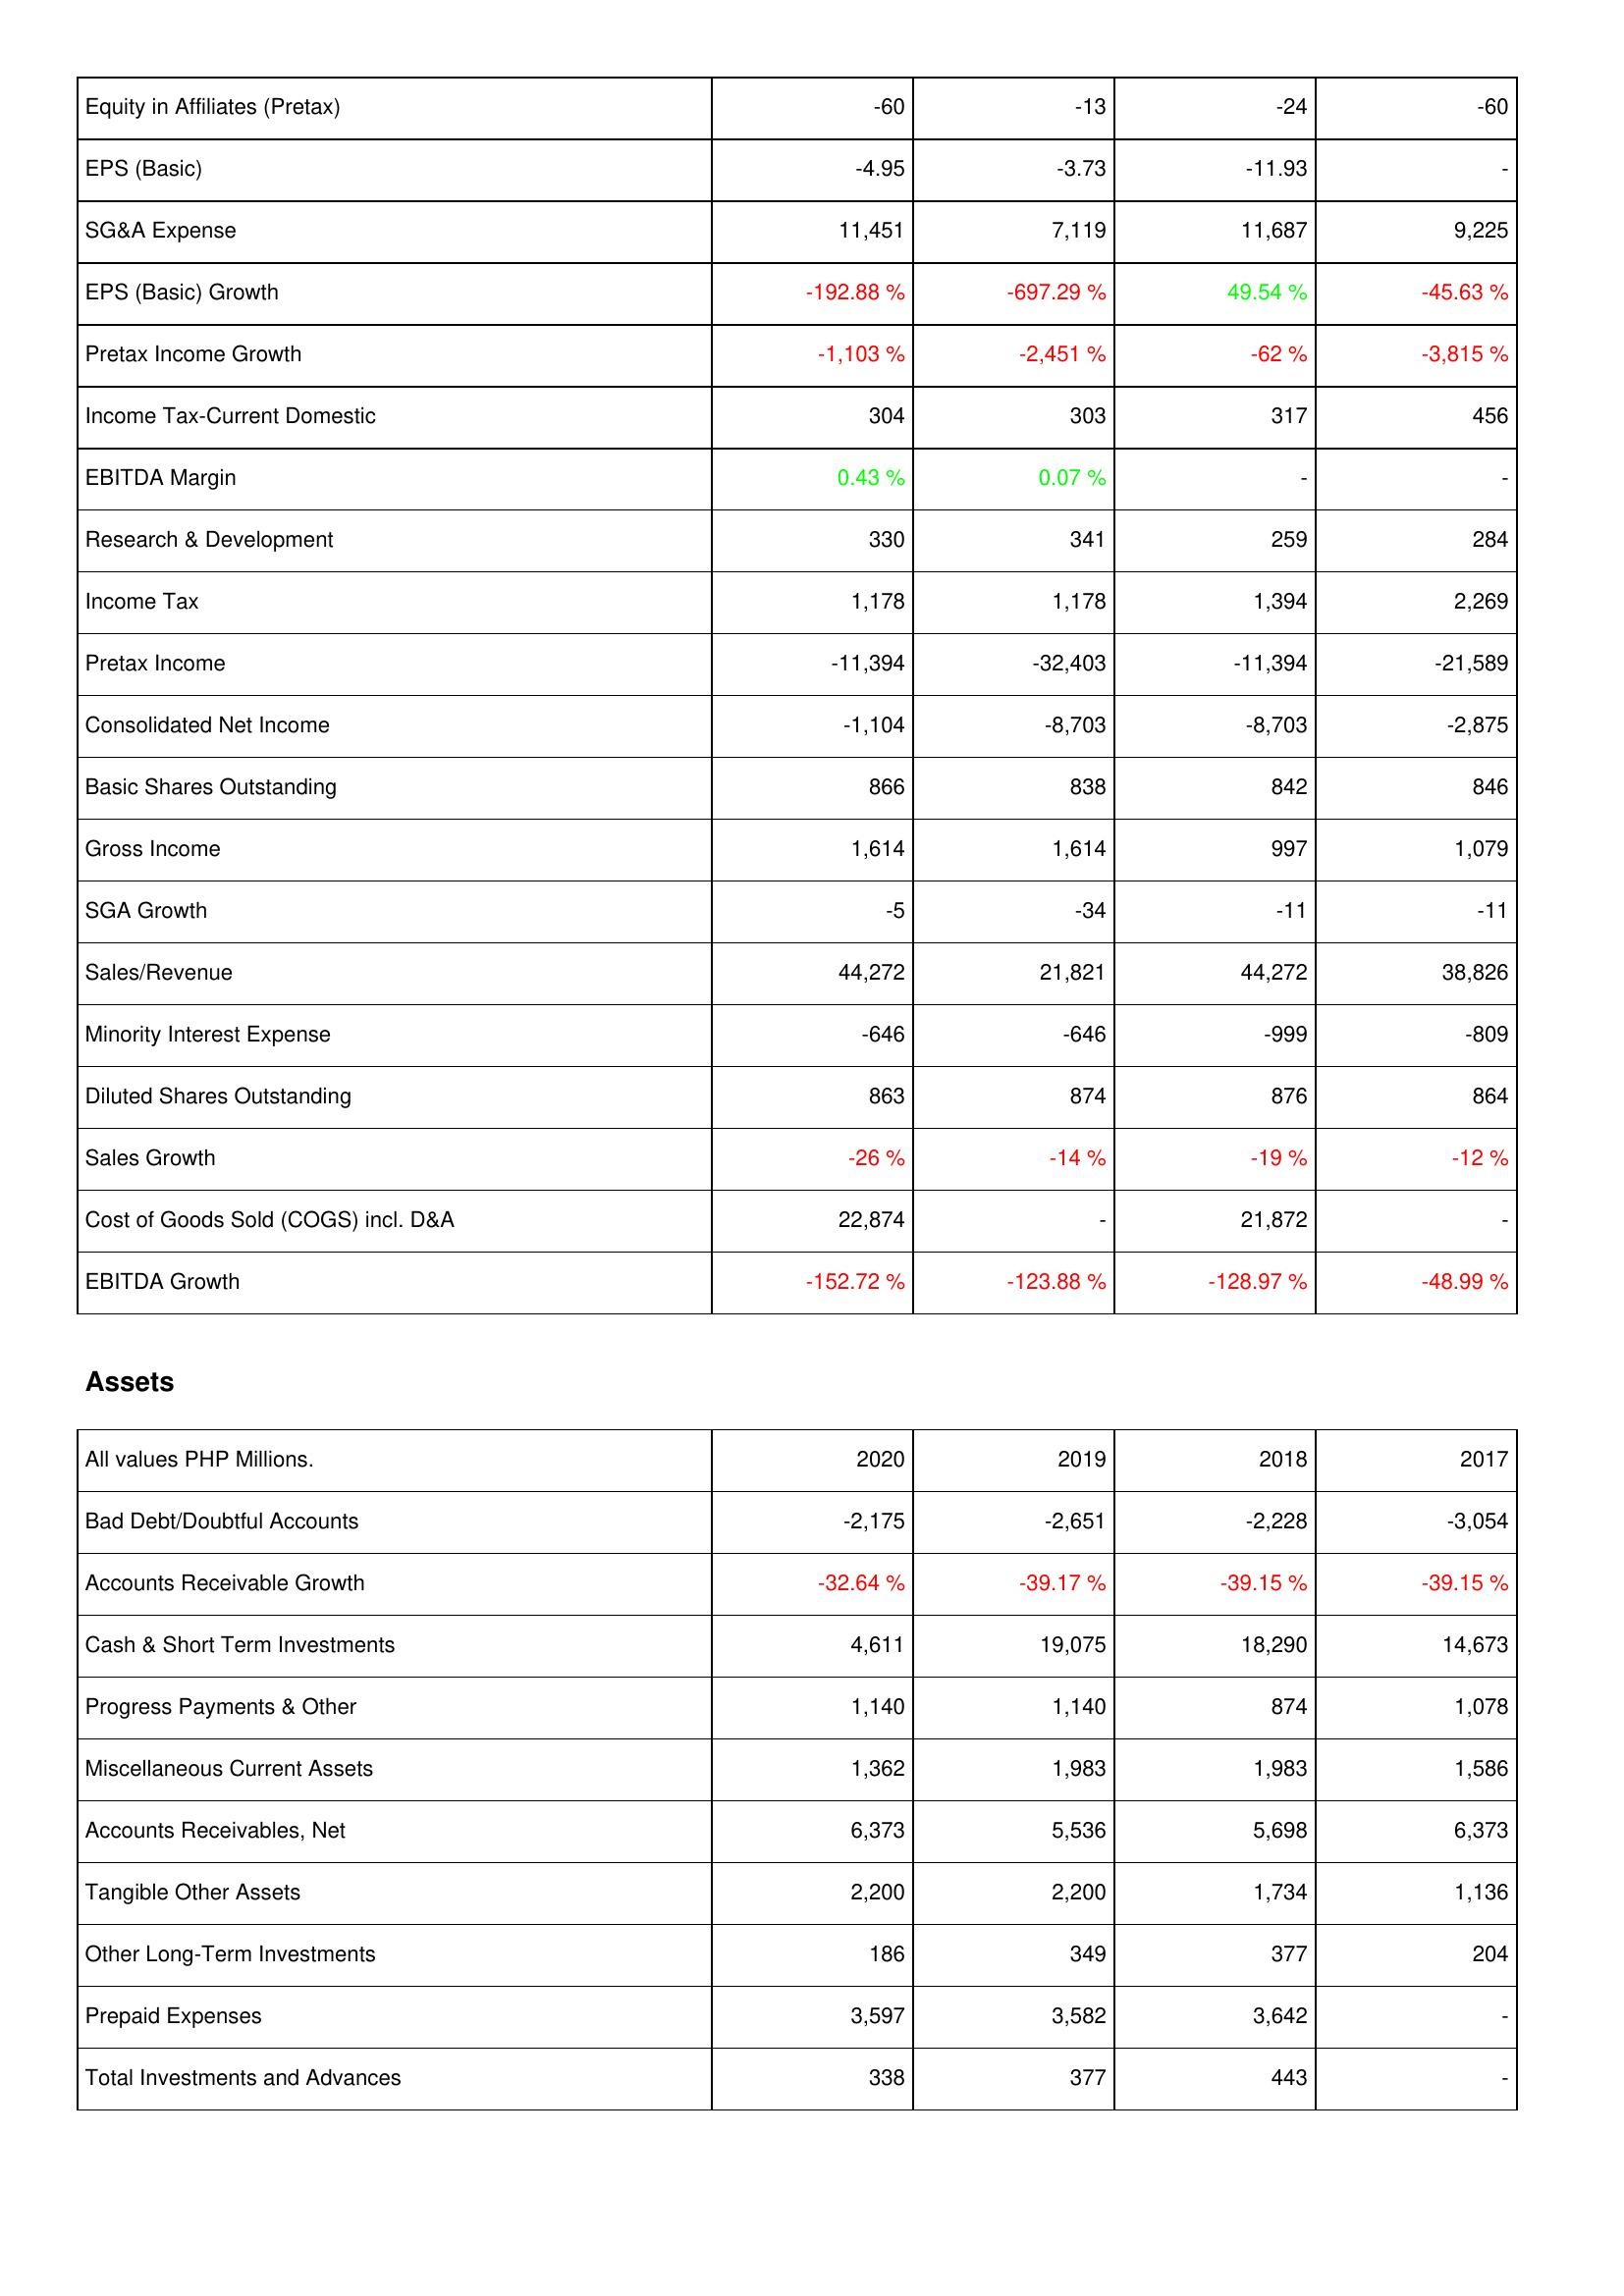
2020: Income Statement: Equity in Affiliates (Pretax): -60
EPS (Basic): -4.95
SG&A Expense: 11,451
EPS (Basic) Growth: -192.88 %
Pretax Income Growth: -1,103 %
Income Tax-Current Domestic: 304
EBITDA Margin: 0.43 %
Research & Development: 330
Income Tax: 1,178
Pretax Income: -11,394
Consolidated Net Income: -1,104
Basic Shares Outstanding: 866
Gross Income: 1,614
SGA Growth: -5
Sales/Revenue: 44,272
Minority Interest Expense: -646
Diluted Shares Outstanding: 863
Sales Growth: -26 %
Cost of Goods Sold (COGS) incl. D&A: 22,874
EBITDA Growth: -152.72 %
Assets: Bad Debt/Doubtful Accounts: -2,175
Accounts Receivable Growth: -32.64 %
Cash & Short Term Investments: 4,611
Progress Payments & Other: 1,140
Miscellaneous Current Assets: 1,362
Accounts Receivables, Net: 6,373
Tangible Other Assets: 2,200
Other Long-Term Investments: 186
Prepaid Expenses: 3,597
Total Investments and Advances: 338
2019: Income Statement: Equity in Affiliates (Pretax): -13
EPS (Basic): -3.73
SG&A Expense: 7,119
EPS (Basic) Growth: -697.29 %
Pretax Income Growth: -2,451 %
Income Tax-Current Domestic: 303
EBITDA Margin: 0.07 %
Research & Development: 341
Income Tax: 1,178
Pretax Income: -32,403
Consolidated Net Income: -8,703
Basic Shares Outstanding: 838
Gross Income: 1,614
SGA Growth: -34
Sales/Revenue: 21,821
Minority Interest Expense: -646
Diluted Shares Outstanding: 874
Sales Growth: -14 %
Cost of Goods Sold (COGS) incl. D&A: -
EBITDA Growth: -123.88 %
Assets: Bad Debt/Doubtful Accounts: -2,651
Accounts Receivable Growth: -39.17 %
Cash & Short Term Investments: 19,075
Progress Payments & Other: 1,140
Miscellaneous Current Assets: 1,983
Accounts Receivables, Net: 5,536
Tangible Other Assets: 2,200
Other Long-Term Investments: 349
Prepaid Expenses: 3,582
Total Investments and Advances: 377
2018: Income Statement: Equity in Affiliates (Pretax): -24
EPS (Basic): -11.93
SG&A Expense: 11,687
EPS (Basic) Growth: 49.54 %
Pretax Income Growth: -62 %
Income Tax-Current Domestic: 317
EBITDA Margin: -
Research & Development: 259
Income Tax: 1,394
Pretax Income: -11,394
Consolidated Net Income: -8,703
Basic Shares Outstanding: 842
Gross Income: 997
SGA Growth: -11
Sales/Revenue: 44,272
Minority Interest Expense: -999
Diluted Shares Outstanding: 876
Sales Growth: -19 %
Cost of Goods Sold (COGS) incl. D&A: 21,872
EBITDA Growth: -128.97 %
Assets: Bad Debt/Doubtful Accounts: -2,228
Accounts Receivable Growth: -39.15 %
Cash & Short Term Investments: 18,290
Progress Payments & Other: 874
Miscellaneous Current Assets: 1,983
Accounts Receivables, Net: 5,698
Tangible Other Assets: 1,734
Other Long-Term Investments: 377
Prepaid Expenses: 3,642
Total Investments and Advances: 443
2017: Income Statement: Equity in Affiliates (Pretax): -60
EPS (Basic): -
SG&A Expense: 9,225
EPS (Basic) Growth: -45.63 %
Pretax Income Growth: -3,815 %
Income Tax-Current Domestic: 456
EBITDA Margin: -
Research & Development: 284
Income Tax: 2,269
Pretax Income: -21,589
Consolidated Net Income: -2,875
Basic Shares Outstanding: 846
Gross Income: 1,079
SGA Growth: -11
Sales/Revenue: 38,826
Minority Interest Expense: -809
Diluted Shares Outstanding: 864
Sales Growth: -12 %
Cost of Goods Sold (COGS) incl. D&A: -
EBITDA Growth: -48.99 %
Assets: Bad Debt/Doubtful Accounts: -3,054
Accounts Receivable Growth: -39.15 %
Cash & Short Term Investments: 14,673
Progress Payments & Other: 1,078
Miscellaneous Current Assets: 1,586
Accounts Receivables, Net: 6,373
Tangible Other Assets: 1,136
Other Long-Term Investments: 204
Prepaid Expenses: -
Total Investments and Advances: -